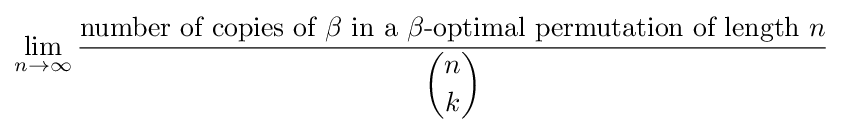
\lim _{n\rightarrow \infty }{\frac {{\text{number of copies of }}\beta {\text{ in a }}\beta {\text{-optimal permutation of length }}n}{\displaystyle {n \choose k}}}